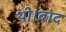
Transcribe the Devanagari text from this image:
थी।बाद